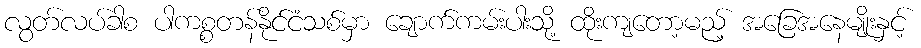
လွတ်လပ်ခါစ ပါကစ္စတန်နိုင်ငံသစ်မှာ ချောက်ကမ်းပါးသို့ ထိုးကျတော့မည့် အခြေအနေမျိုးနှင့်